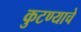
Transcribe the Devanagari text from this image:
कुटण्याचे